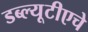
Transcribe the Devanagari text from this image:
डब्ल्यूटीएचे